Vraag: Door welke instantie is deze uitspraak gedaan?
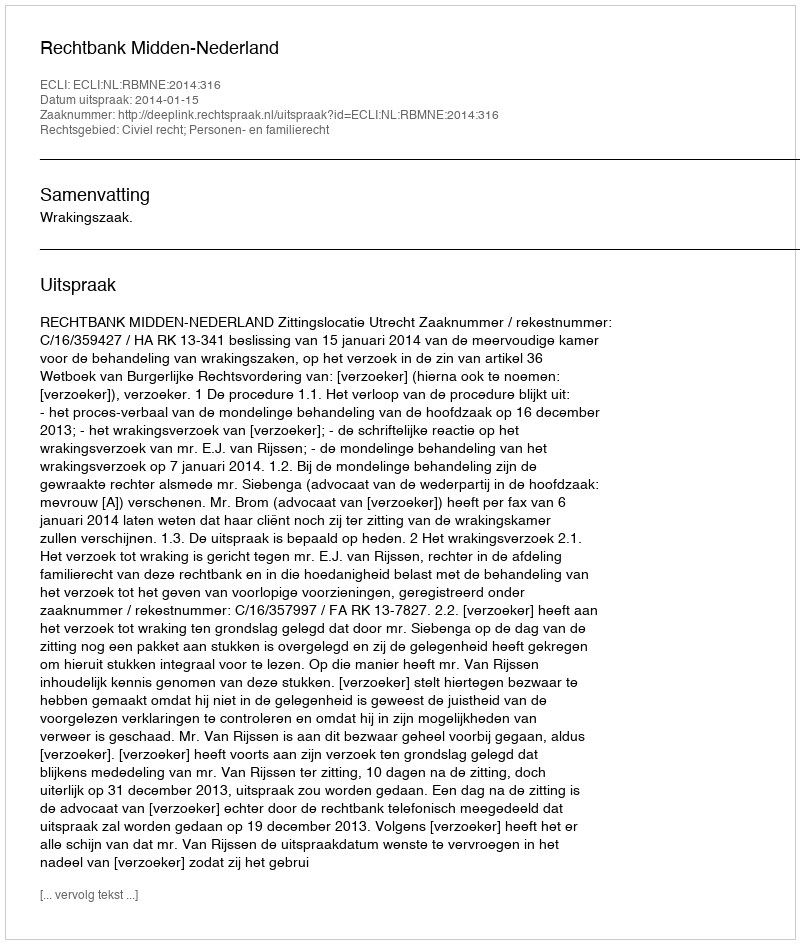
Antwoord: Rechtbank Midden-Nederland